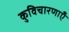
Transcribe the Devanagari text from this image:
कुविचारणाएँ